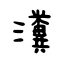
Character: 瀵